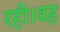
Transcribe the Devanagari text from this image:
रही।वह